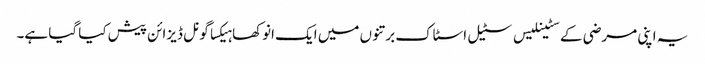
یہ اپنی مرضی کے سٹینلیس سٹیل اسٹاک برتنوں میں ایک انوکھا ہیکساگونل ڈیزائن پیش کیا گیا ہے۔